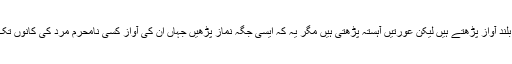
نماز عشاء نماز مغرب کے بعد ۴ مردحضرات جَہر کی صورت میں یعنی بلند آواز پڑھتے ہیں لیکن عورتیں آہستہ پڑھتی ہیں مگر یہ کہ ایسی جگہ نماز پڑھیں جہاں ان کی آواز کسی نامحرم مرد کی کانوں تک نہ پہنچے اس صورت میں عورتیں بھی بلند آواز سے نماز پڑھ سکتی ہیں۔